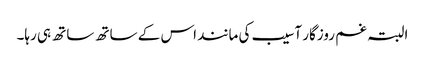
البتہ غم روزگار آسیب کی مانند اس کے ساتھ ساتھ ہی رہا۔